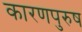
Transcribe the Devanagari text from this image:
कारणपुरुष